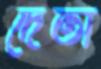
দেতা